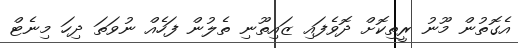
އެގޮތުން މޫނު ރީތިކޮށް ދޮވެފައި ޒައިތޫނި ތެލުން ފަހެއް ނުވަތަ ދިހަ މިނެޓް